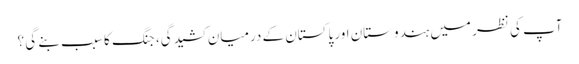
آپ کی نظر میں ہندوستان اور پاکستان کے درمیان کشیدگی، جنگ کا سبب بنے گی ؟